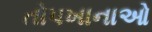
તોપખાનાઓ